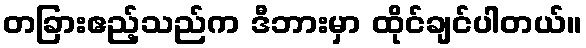
တခြားဧည့်သည်က ဒီဘားမှာ ထိုင်ချင်ပါတယ်။